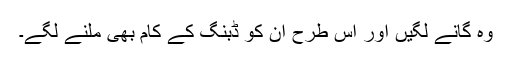
وہ گانے لگیں اور اس طرح ان کو ڈبنگ کے کام بھی ملنے لگے۔